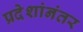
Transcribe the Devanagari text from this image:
प्रदेशांनंतर